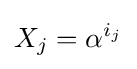
X_{j}=\alpha ^{i_{j}}